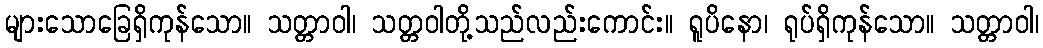
များသောခြေရှိကုန်သော။ သတ္တာဝါ၊ သတ္တဝါတို့သည်လည်းကောင်း။ ရူပိနော၊ ရုပ်ရှိကုန်သော။ သတ္တာဝါ၊